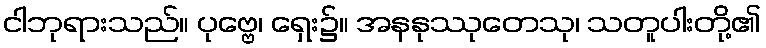
ငါဘုရားသည်။ ပုဗ္ဗေ၊ ရှေး၌။ အနနုဿုတေသု၊ သတူပါးတို့၏